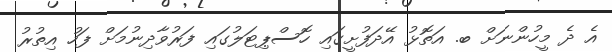
އެ ދެ މީހުންނަށް ބ. އަތޮޅު އޭދަފުށީގައި ހޮސްޕިޓަލުގައި ފަރުވާދިނުމަށް ފަހު އިތުރު